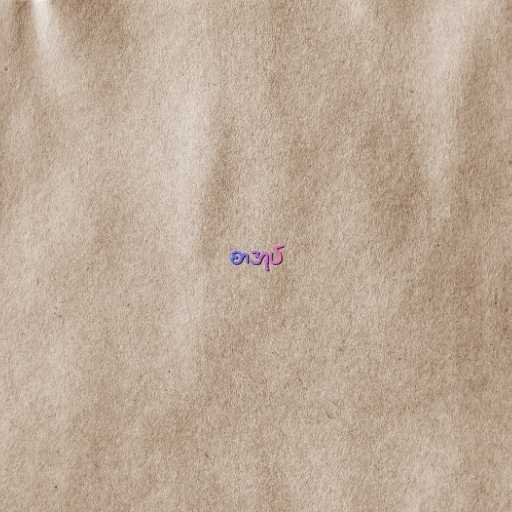
စာအုပ်